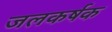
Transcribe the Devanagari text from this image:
जलकर्षक